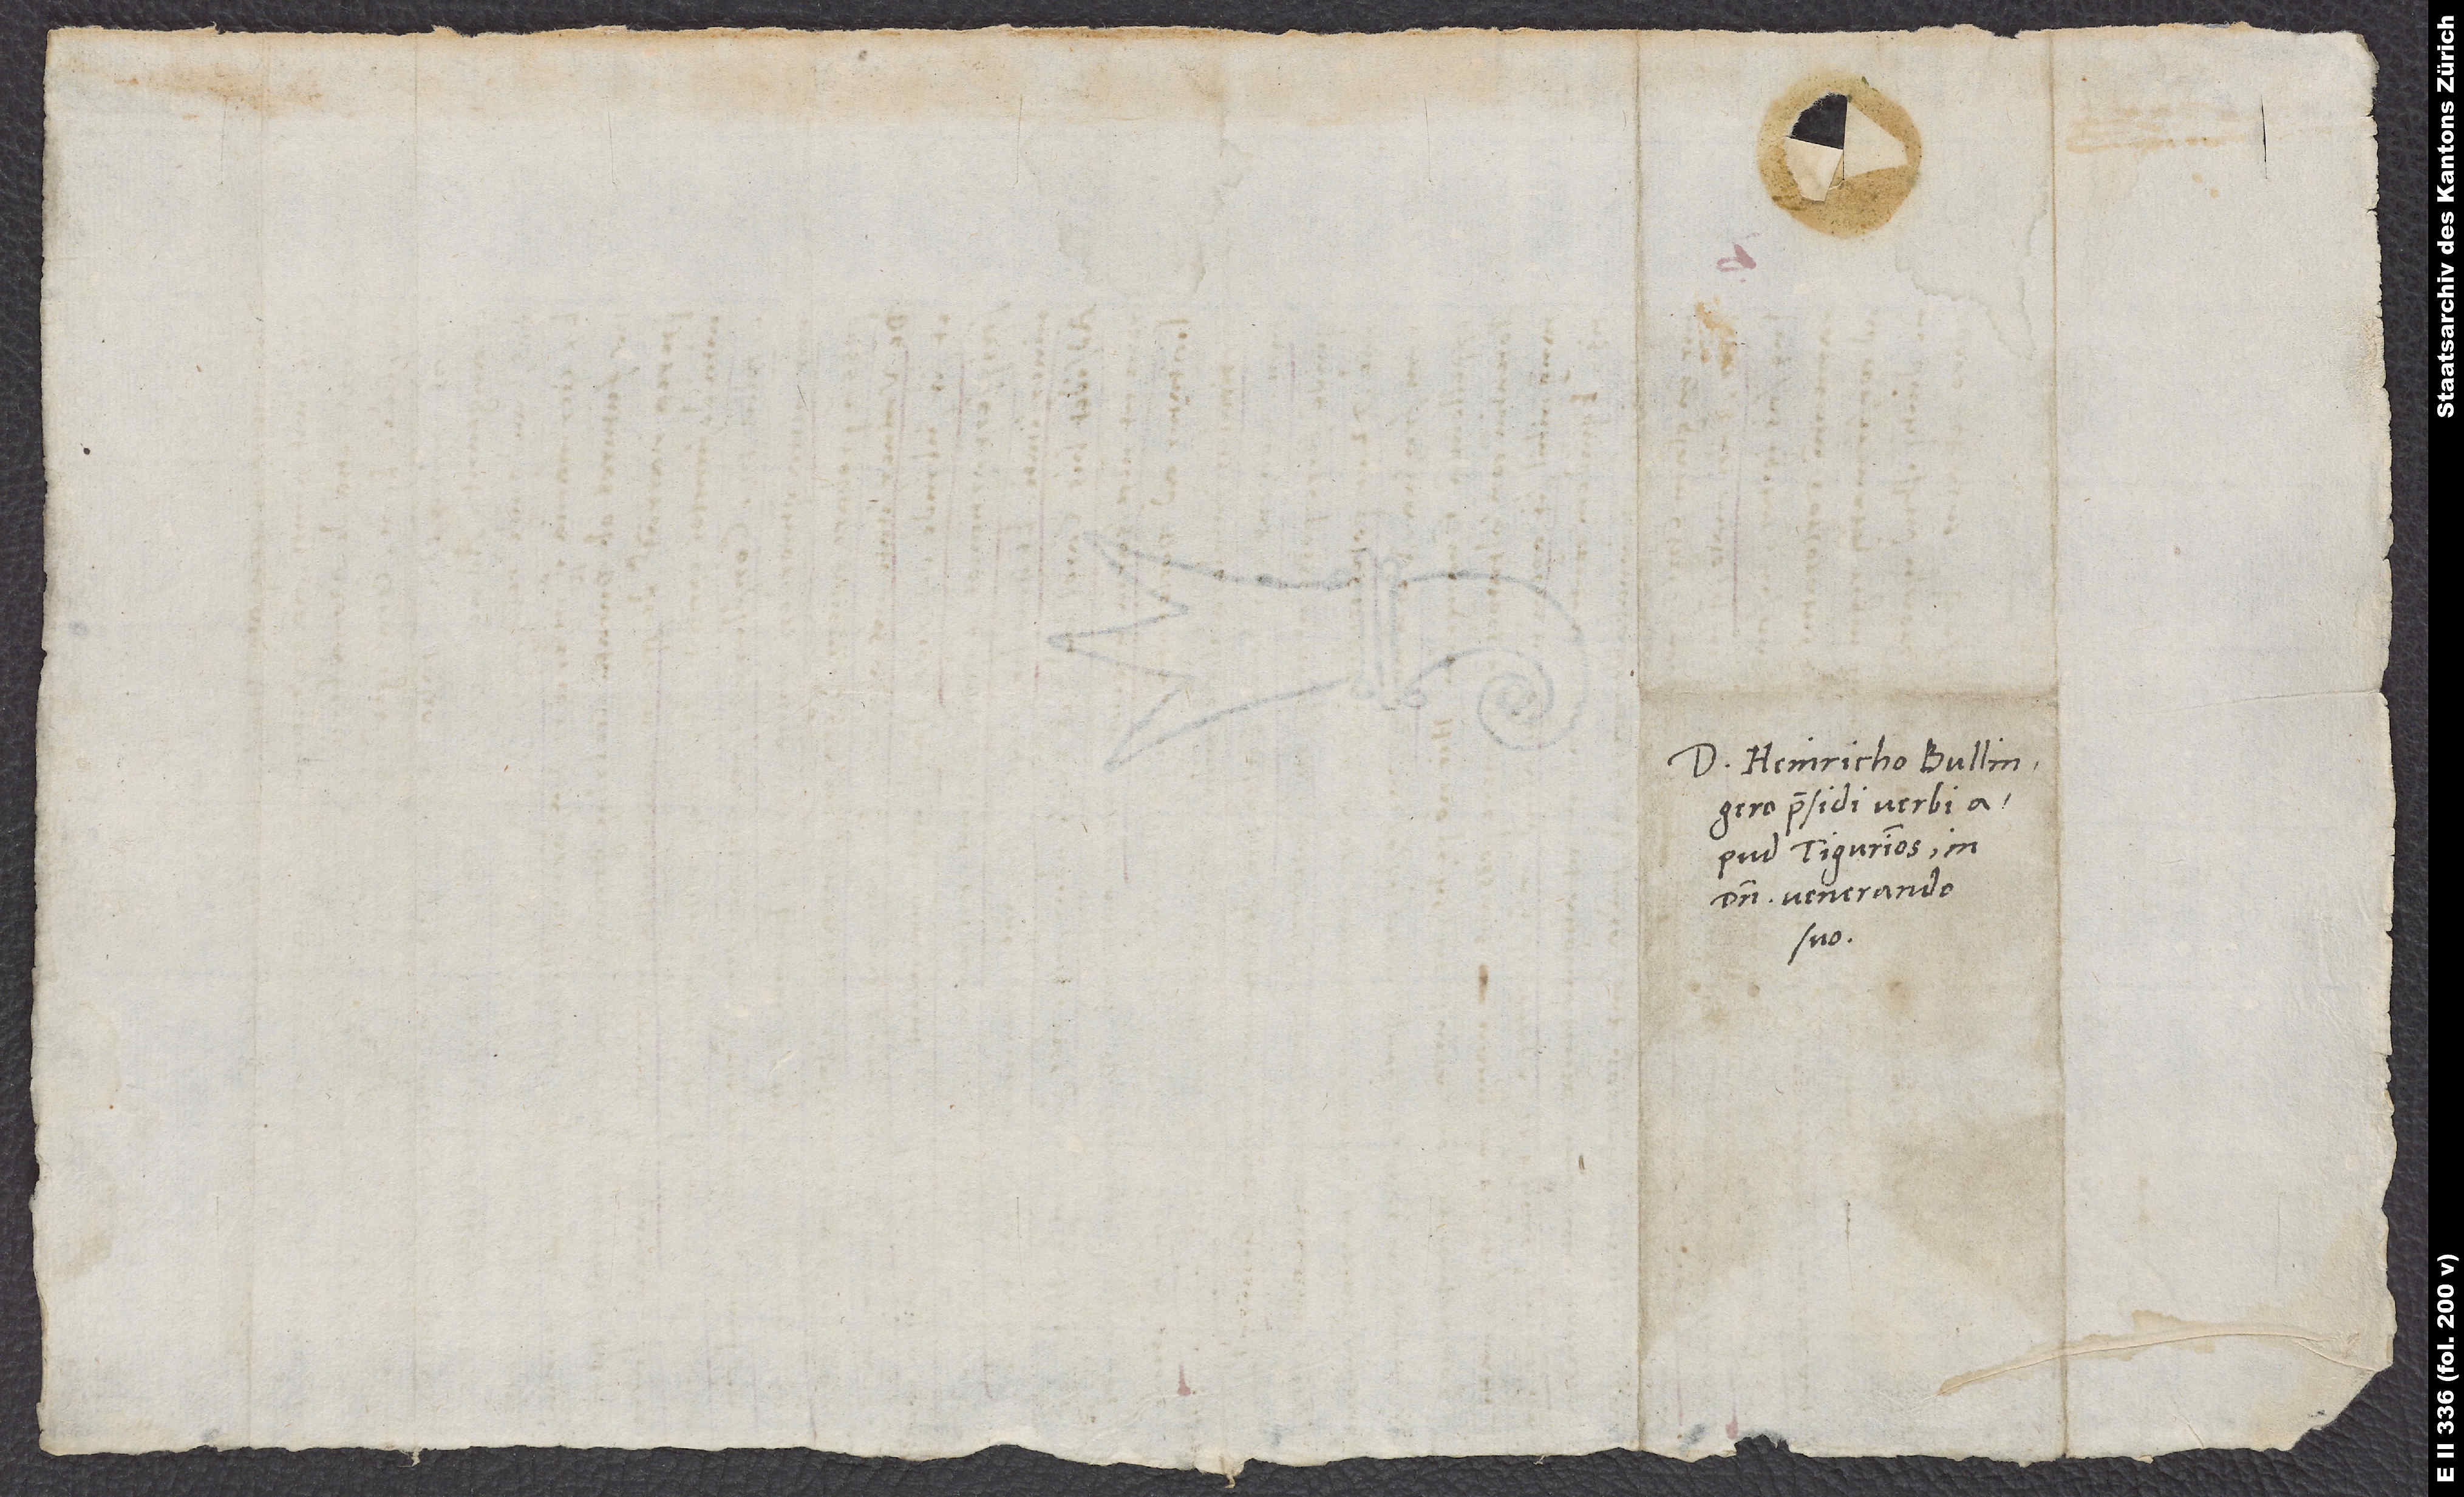
Domino Heinricho Bullingero,
praesidi verbi
apud Tigurinos, in
domino venerando
suo.